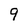
Character: 9